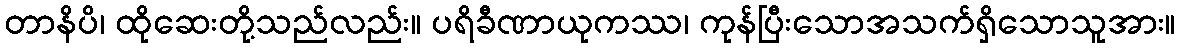
တာနိပိ၊ ထိုဆေးတို့သည်လည်း။ ပရိခီဏာယုကဿ၊ ကုန်ပြီးသောအသက်ရှိသောသူအား။